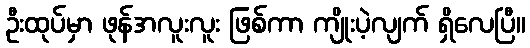
ဦးထုပ်မှာ ဖုန်အလူးလူး ဖြစ်ကာ ကျိုးပဲ့လျက် ရှိလေပြီ။